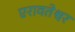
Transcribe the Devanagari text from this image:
एरावतेश्वर